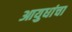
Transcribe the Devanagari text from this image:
आयुधांचा